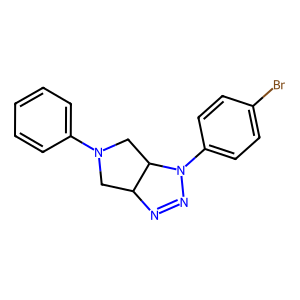
SMILES: Brc1ccc(N2N=NC3CN(c4ccccc4)CC32)cc1
Inhibits HIV replication: No